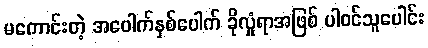
မကောင်းတဲ့ အပေါက်နှစ်ပေါက် ခိုလှုံရာအဖြစ် ပါဝင်သူပေါင်း